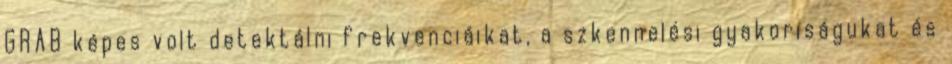
GRAB képes volt detektálni frekvenciáikat, a szkennelési gyakoriságukat és